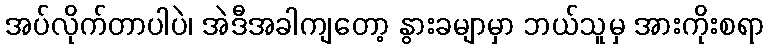
အပ်လိုက်တာပါပဲ၊ အဲဒီအခါကျတော့ နွားခမျာမှာ ဘယ်သူမှ အားကိုးစရာ